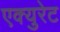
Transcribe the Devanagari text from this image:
एक्युरेट